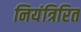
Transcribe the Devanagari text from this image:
नियंत्रिरित